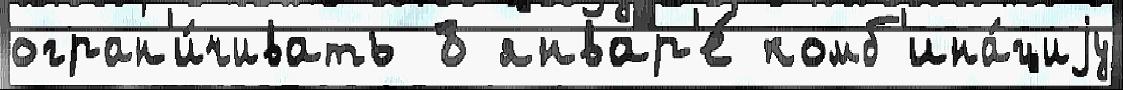
огран'и́чивать 8 январ'е́ комб'ина́циjу